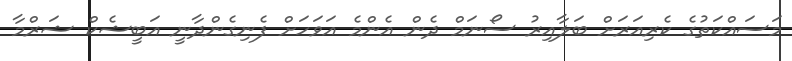
މަސައްކަތުގެ ކެރިއަރަށް ބަލާއިރު ސޯނަމް ދެން އެންމެ އަވަހަށް ފެނިގެންދާނީ އަބީޝެކް ޝަރްމާ